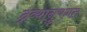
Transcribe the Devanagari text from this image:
द्रव्यानुषंगत